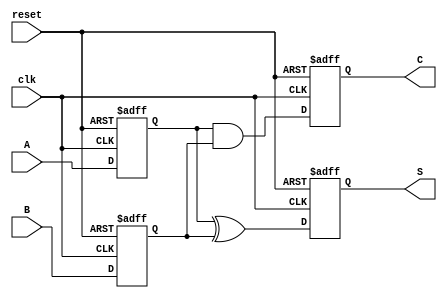
module sequential_half_adder (
    input wire clk,     // Clock input
    input wire reset,   // Asynchronous reset
    input wire A,       // First input bit
    input wire B,       // Second input bit
    output reg S,       // Sum output
    output reg C        // Carry output
);

// Internal registers to store the inputs
reg A_reg;
reg B_reg;

// Process block for capturing inputs on the rising edge of the clock
always @(posedge clk or posedge reset) begin
    if (reset) begin
        // Reset the stored values and outputs
        A_reg <= 1'b0;
        B_reg <= 1'b0;
        S <= 1'b0;
        C <= 1'b0;
    end else begin
        // Store the current inputs
        A_reg <= A;
        B_reg <= B;
        
        // Compute the outputs based on the stored values
        S <= A_reg ^ B_reg; // Sum
        C <= A_reg & B_reg; // Carry
    end
end

endmodule